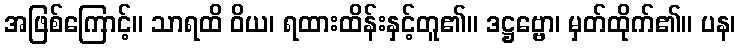
အဖြစ်ကြောင့်။ သာရထိ ဝိယ၊ ရထားထိန်းနှင့်တူ၏။ ဒဋ္ဌဗ္ဗော၊ မှတ်ထိုက်၏။ ပန၊